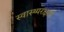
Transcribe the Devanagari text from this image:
स्वास्थ्यरक्षार्थ